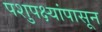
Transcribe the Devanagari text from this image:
पशुपक्ष्यांपासून